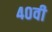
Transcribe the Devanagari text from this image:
४०वी